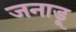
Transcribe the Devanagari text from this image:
जनाडू